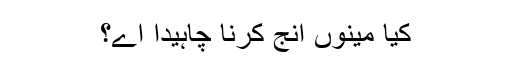
کیا مینوں انج کرنا چاہیدا اے؟